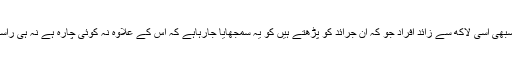
وہ سبھی اسی لاکھ سے زائد افراد جو کہ ان جرائد کو پڑھتے ہیں کو یہ سمجھایا جارہاہے کہ اس کے علاوہ نہ کوئی چارہ ہے نہ ہی راستہ ۔